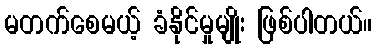
မတက်စေမယ့် ခံနိုင်မှုမျိုး ဖြစ်ပါတယ်။